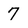
Character: 7